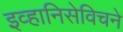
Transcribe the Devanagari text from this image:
इव्हानिसेविचने